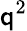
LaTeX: \mathsf{q}^{2}